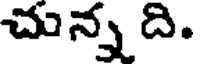
చున్న ది.